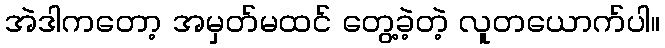
အဲဒါကတော့ အမှတ်မထင် တွေ့ခဲ့တဲ့ လူတယောက်ပါ။